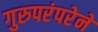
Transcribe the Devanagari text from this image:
गुरुपरंपरेने